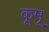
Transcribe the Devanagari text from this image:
कूमू